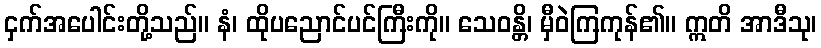
ငှက်အပေါင်းတို့သည်။ နံ၊ ထိုပညောင်ပင်ကြီးကို။ သေဝန္တိ၊ မှီဝဲကြကုန်၏။ ဣတိ အာဒီသု၊